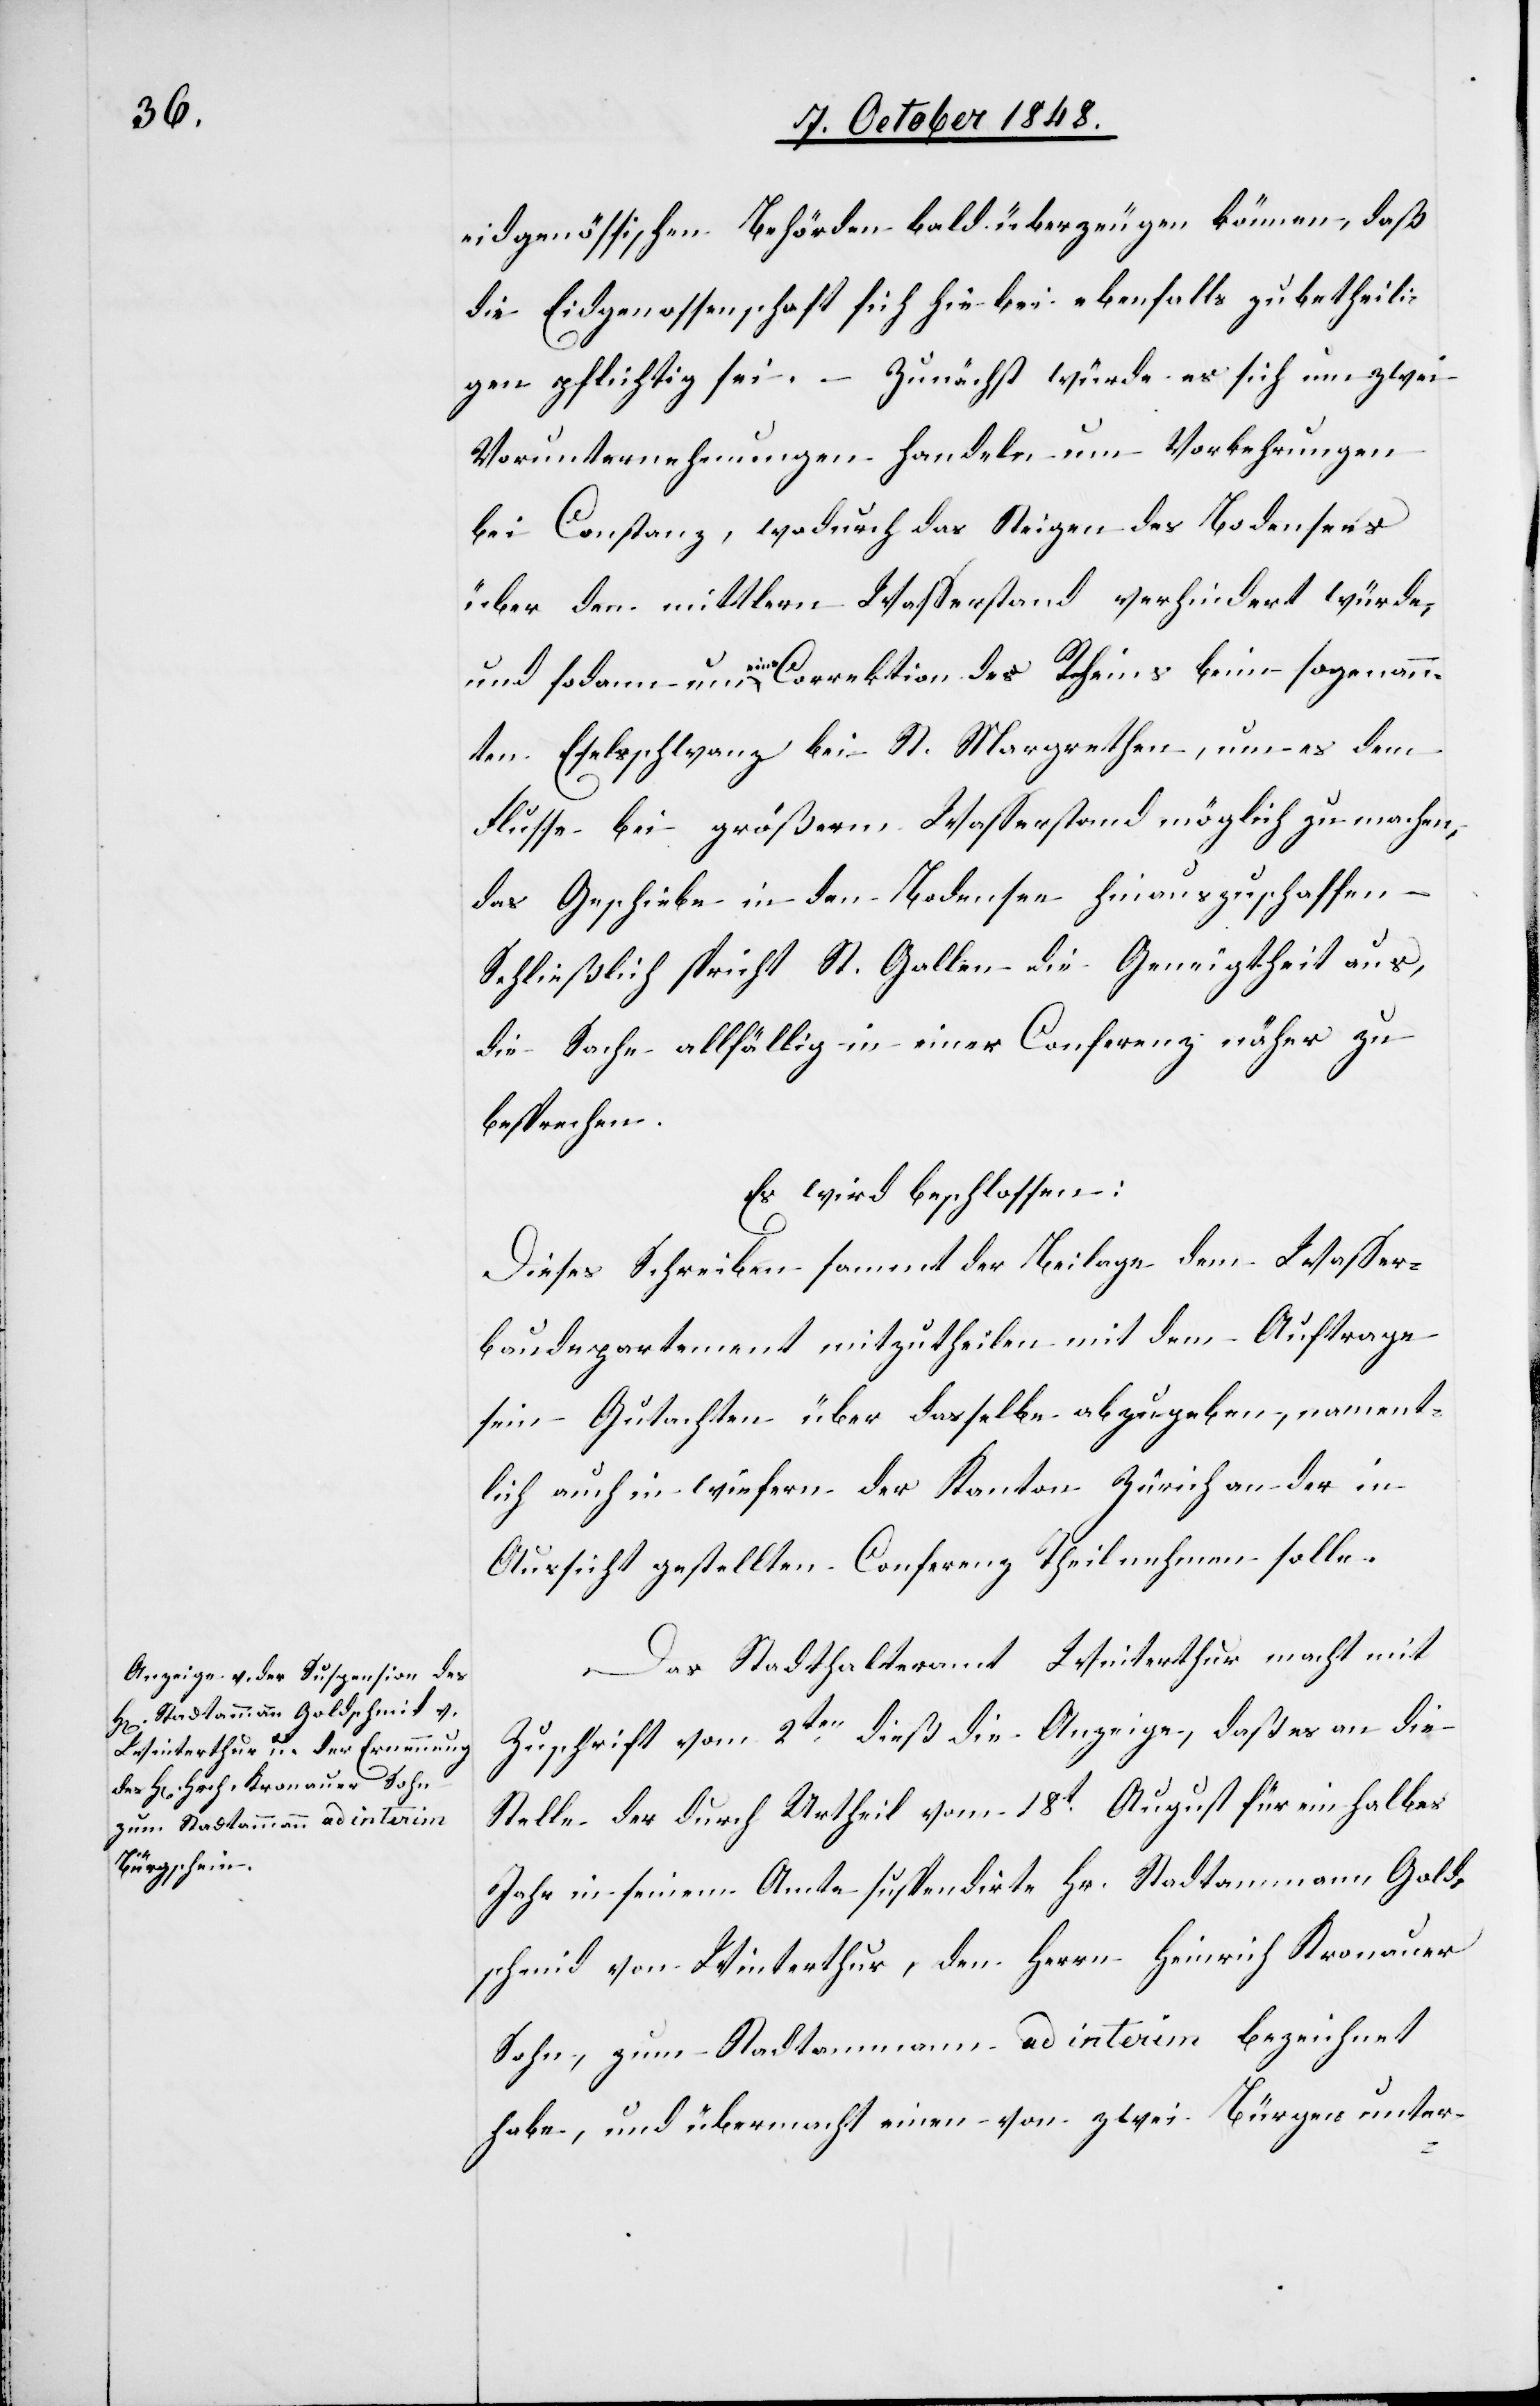
eidgenössischen Behörden bald überzeugen können, daß
die Eidgenossenschaft sich hiebei ebenfalls zu betheili¬
gen pflichtig sei. – Zunächst würde es sich um zwei
Vorunternehmungen handeln um Vorkehrungen
bei Constanz, wodurch das Steigen des Bodensees
über den mittlern Wasserstand verhindert würde,
und sodann um eine Correktion des Rheins beim sogenann¬
ten Eselsschwanz bei St. Margarethen, um es dem
Flusse bei größerm Wasserstand möglich zu machen,
das Geschiebe in den Bodensee hinauszuschaffen –
Schließlich spricht St. Gallen die Geneigtheit aus,
die Sache allfällig in einer Conferenz näher zu
besprechen.
Es wird beschlossen:
Dieses Schreiben sammt der Beilage dem Wasser¬
baudepartement mitzutheilen mit dem Auftrage
sein Gutachten über dasselbe abzugeben, nament¬
lich auch in wiefern der Kanton Zürich an der in
Aussicht gestellten Conferenz Theil nehmen solle.
Das Stadthalteramt Winterthur macht mit
Zuschrift vom 2ten dieß die Anzeige, daß es an die
Stelle des durch Urtheil vom 18t August für ein halbes
Jahr in seinem Amte suspendirte Hr. Stadtammann Gold¬
schmid von Winterthur, den Herrn Heinrich Knonauer
Sohn, zum Stadtammann ad interim bezeichnet
habe, und übermacht einen von zwei Bürgen unter-